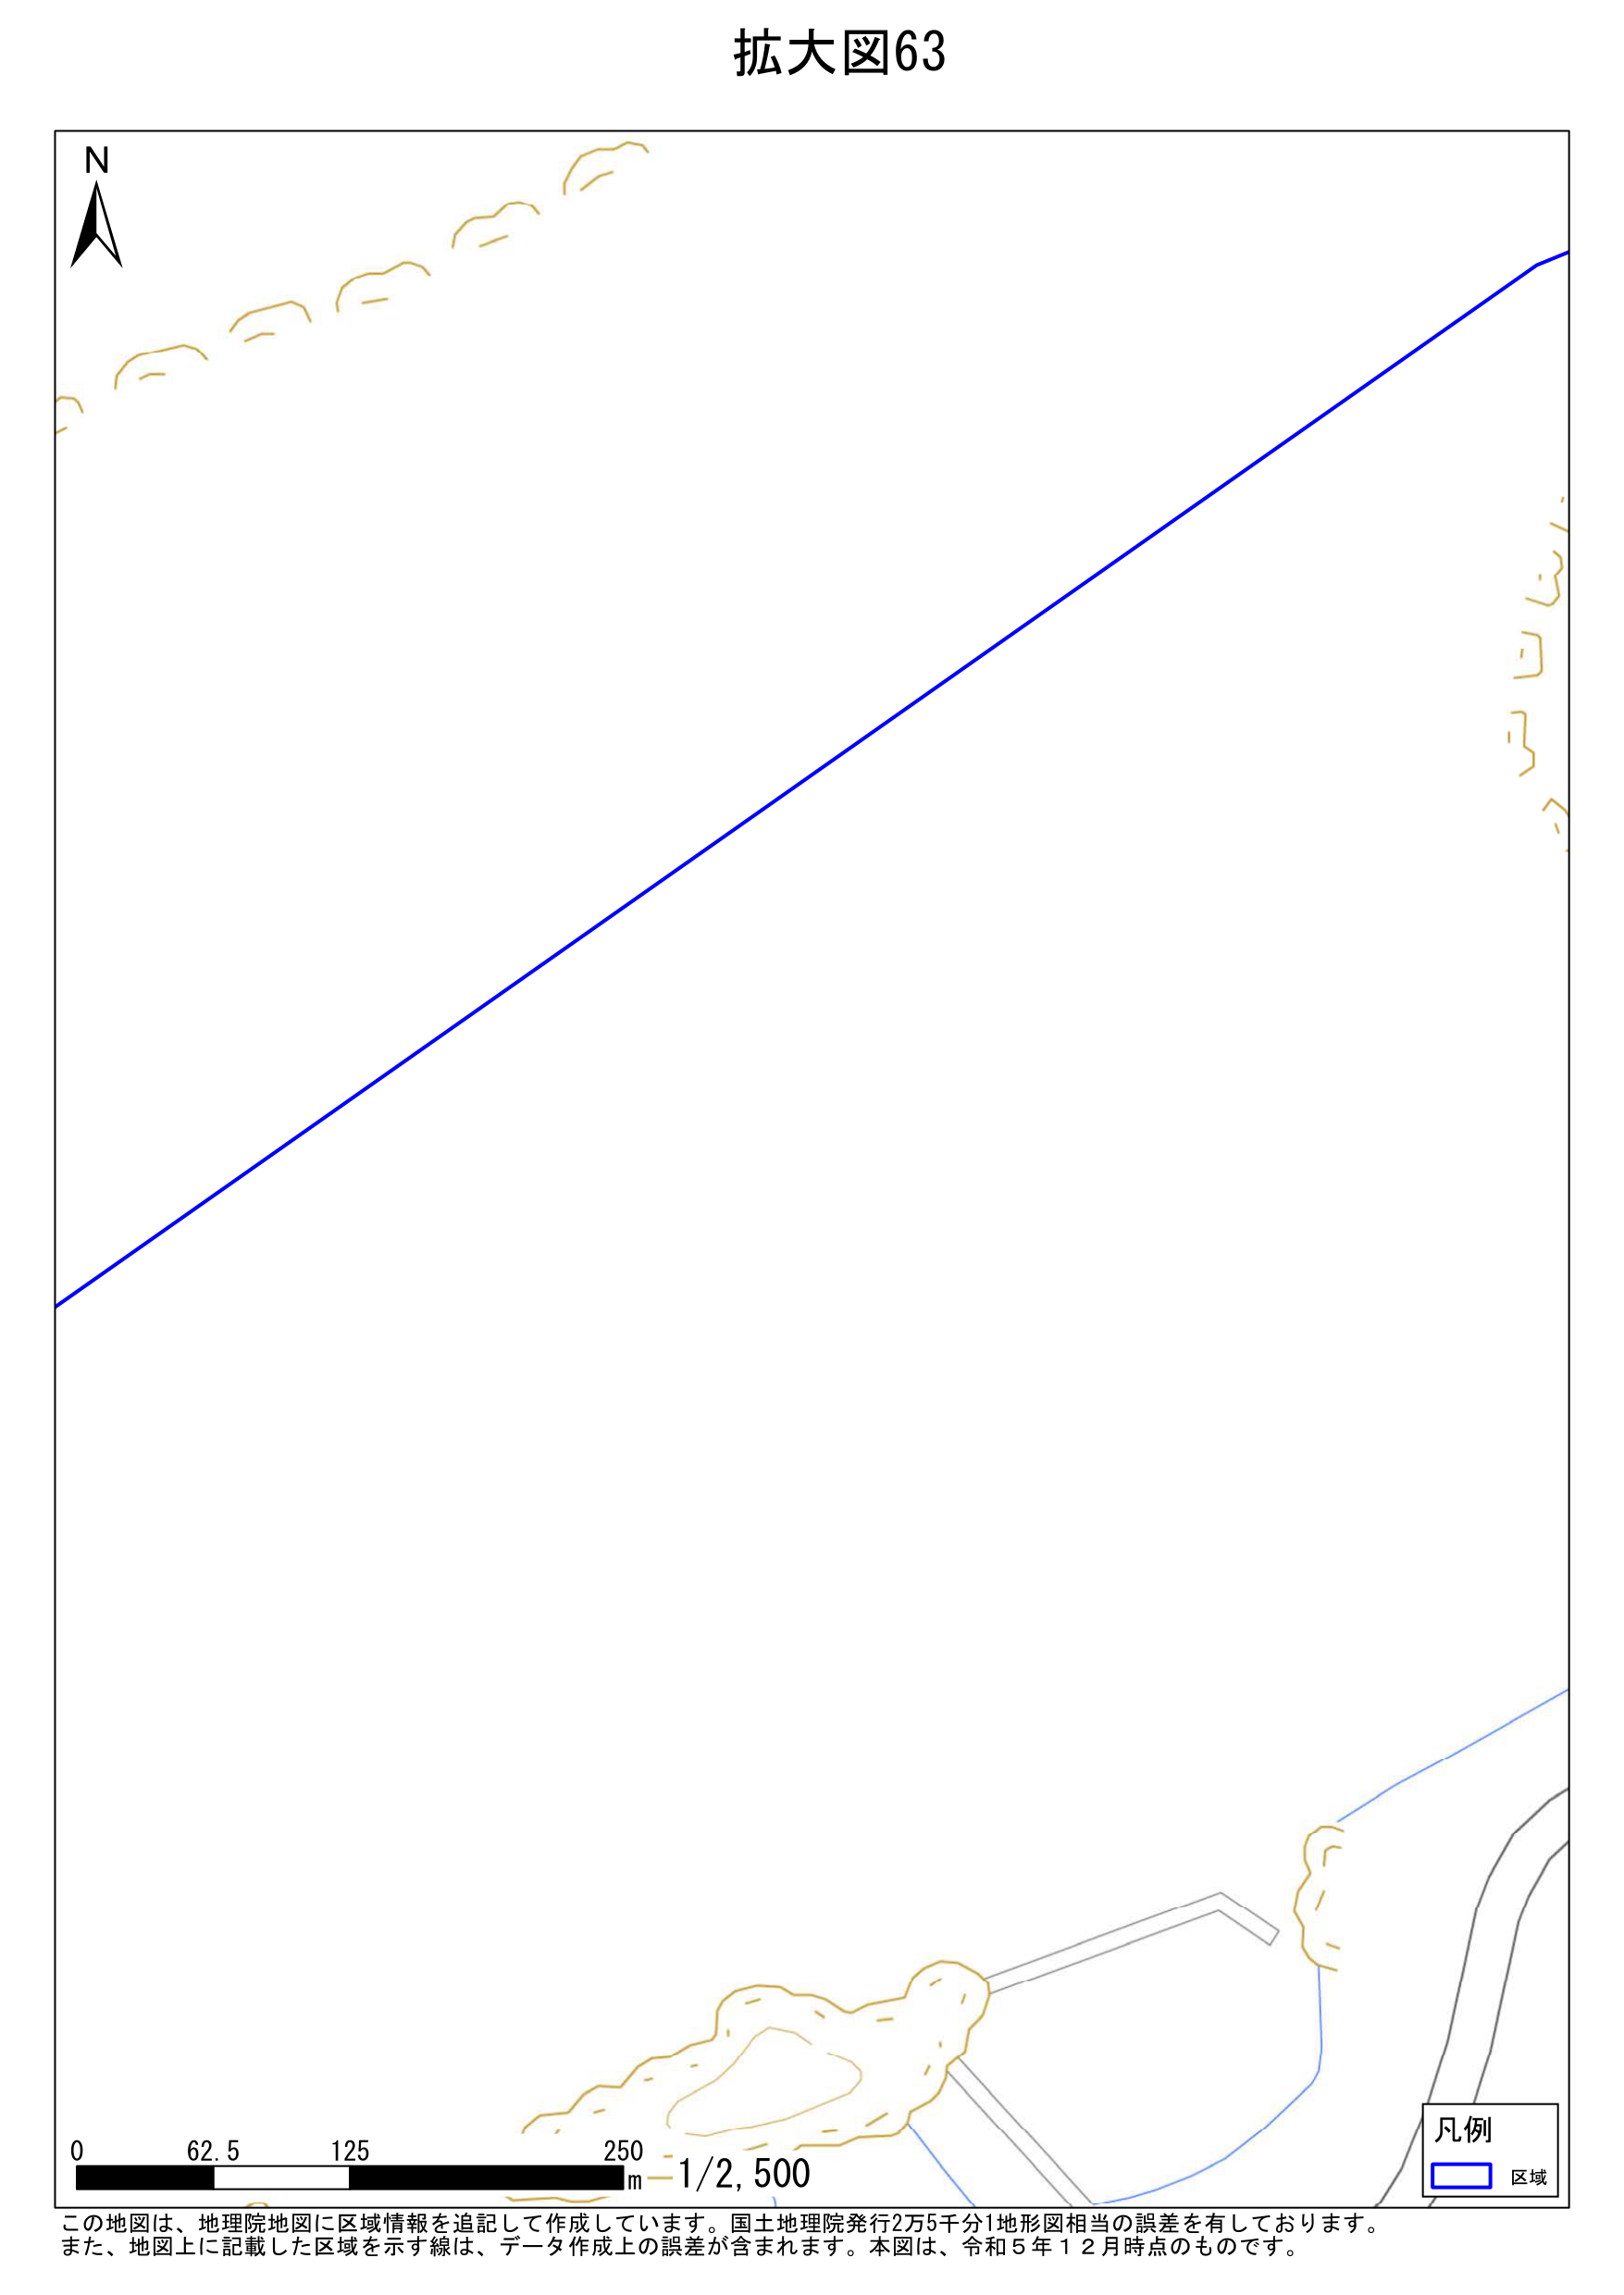
拡大図63
N
0 62.5 125 250 m 1/2,500
凡例
区域
この地図は、地理院地図に区域情報を追記して作成しています。国土地理院発行2万5千分1地形図相当の誤差を有しております。
また、地図上に記載した区域を示す線は、データ作成上の誤差が含まれます。本図は、令和5年12月時点のものです。